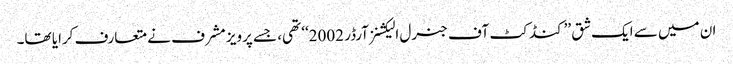
ان میں سے ایک شق ’’کنڈکٹ آف جنرل الیکشنز آرڈر 2002‘‘ تھی، جسے پرویز مشرف نے متعارف کرایا تھا۔